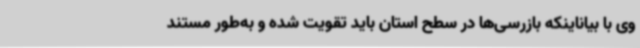
وی با بیاناینکه بازرسی‌ها در سطح استان باید تقویت شده و به‌طور مستند